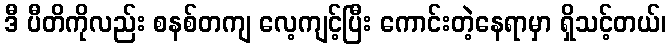
ဒီ ပီတိကိုလည်း စနစ်တကျ လေ့ကျင့်ပြီး ကောင်းတဲ့နေရာမှာ ရှိသင့်တယ်၊